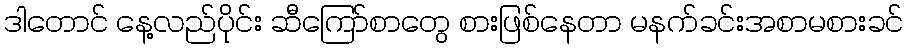
ဒါတောင် နေ့လည်ပိုင်း ဆီကြော်စာတွေ စားဖြစ်နေတာ မနက်ခင်းအစာမစားခင်